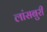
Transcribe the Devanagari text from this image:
लांसबुरी